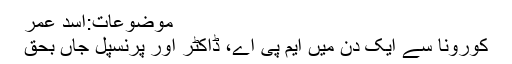
موضوعات:اسد عمر
کورونا سے ایک دن میں ایم پی اے، ڈاکٹر اور پرنسپل جاں بحق